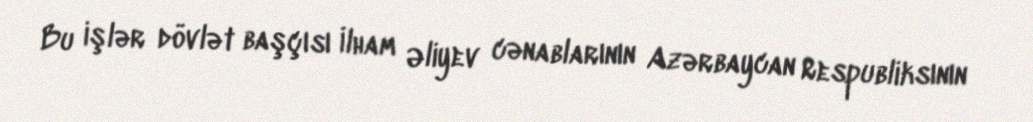
Bu işlər dövlət başçısı İlham Əliyev cənablarının Azərbaycan Respubliksının